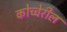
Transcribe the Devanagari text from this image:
कोच्चेरील